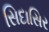
સિદાસિર